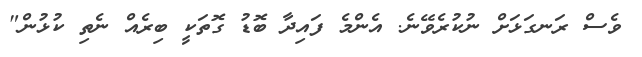
ވެސް ރަނގަޅަށް ނުކުރެވޭނެ. އެންމެ ފައިދާ ބޮޑު ގޮތަކީ ބިރެއް ނެތި ކުޅުން"